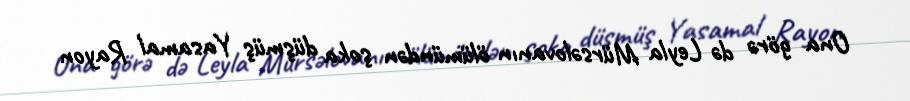
Ona görə də Leyla Mürsəlovanın ölümündən şoka düşmüş Yasamal Rayon